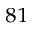
^ { 8 1 }